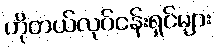
ဟိုတယ်လုပ်ငန်းရှင်များ